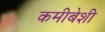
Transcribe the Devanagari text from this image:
कमीबेशी